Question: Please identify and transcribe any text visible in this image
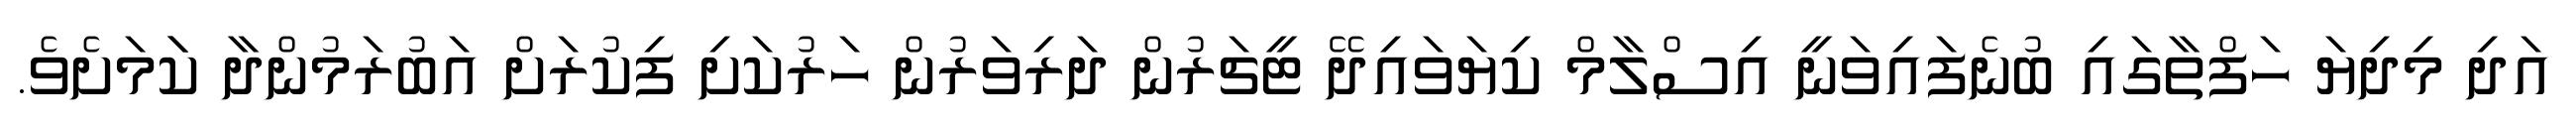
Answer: އަދި މިދިޔަ ހަފްތާގައި ބުނެފައިވަނީ އިސްލާމް ކިޔަވައިދޭ ޓީޗަރުން ދަރިވަރުން ހަރުކަށި ފިކުރަށް އަބުރަމުންދާ ކަަމަށެވެ.